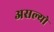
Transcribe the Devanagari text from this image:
असल्याे